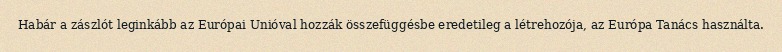
Habár a zászlót leginkább az Európai Unióval hozzák összefüggésbe eredetileg a létrehozója, az Európa Tanács használta.